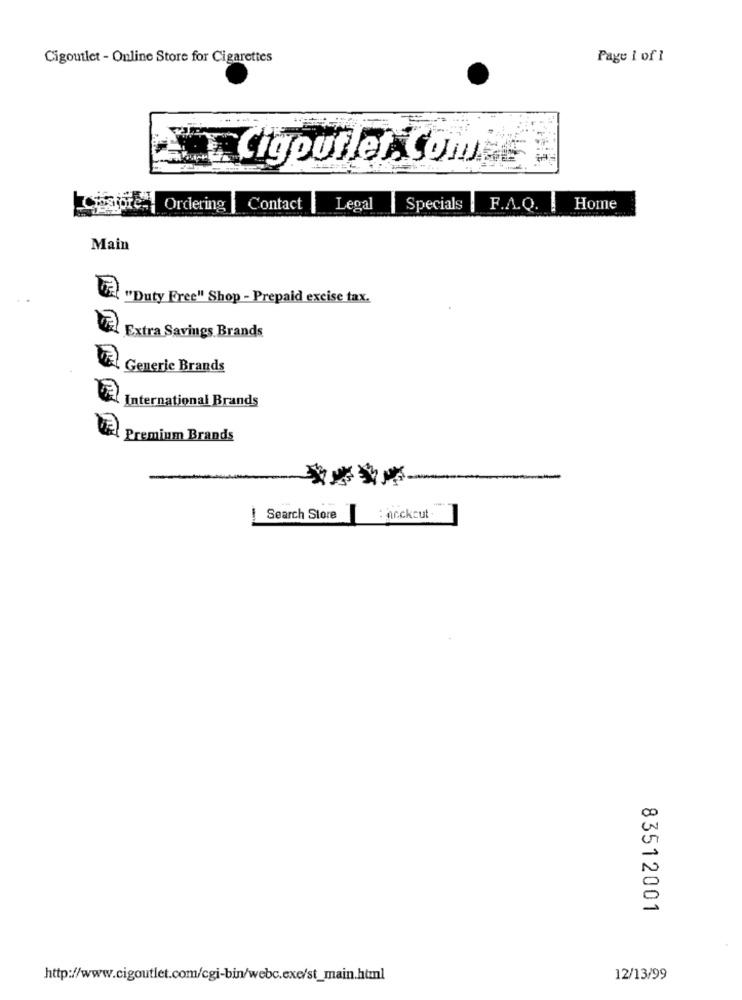
Cigoutlet - Online Store for Cigarettes
Page 1 of 1
..
Cigoutlet. Com
Ordering
Contact
Legal
|Specials
F.A.Q.
Home
Main
"Duty Free" Shop - Prepaid excise tax.
Extra Savings Brands
TEL Generic Brands
International Brands
Premium Brands
Search Store
: Arckcut
83512001
http://www.cigoutlet.com/cgi-bin/webc.exe/st_main.html
12/13/99